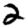
Digit: 2